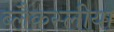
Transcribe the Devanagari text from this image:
ब्लैकस्लीया